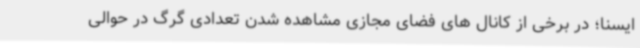
ایسنا؛ در برخی از کانال های فضای مجازی مشاهده شدن تعدادی گرگ در حوالی